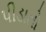
પીડાતો